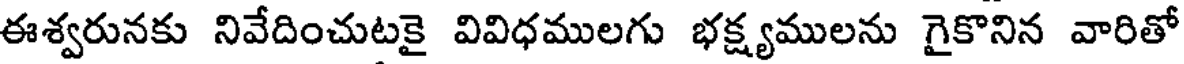
ఈశ్వరునకు నివేదించుటకై వివిధములగు భక్ష్యములను గైకొనిన వారితో